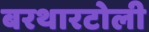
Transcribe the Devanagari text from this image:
बरथारटोली